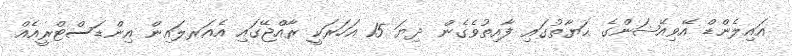
އައިލެންޑް އޭވިއޭޝަންގެ ޙަޔާތުގައި ފާއިތުވެގެން ދިޔަ 15 އަހަރަކީ ރާއްޖޭގައި އެއަރލައިން އިންޑަސްޓްރީއެއް